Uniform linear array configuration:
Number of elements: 24
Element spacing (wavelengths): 0.75
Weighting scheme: exponential
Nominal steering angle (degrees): -30
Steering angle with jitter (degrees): -29.227
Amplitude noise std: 0.05
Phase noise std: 0.05

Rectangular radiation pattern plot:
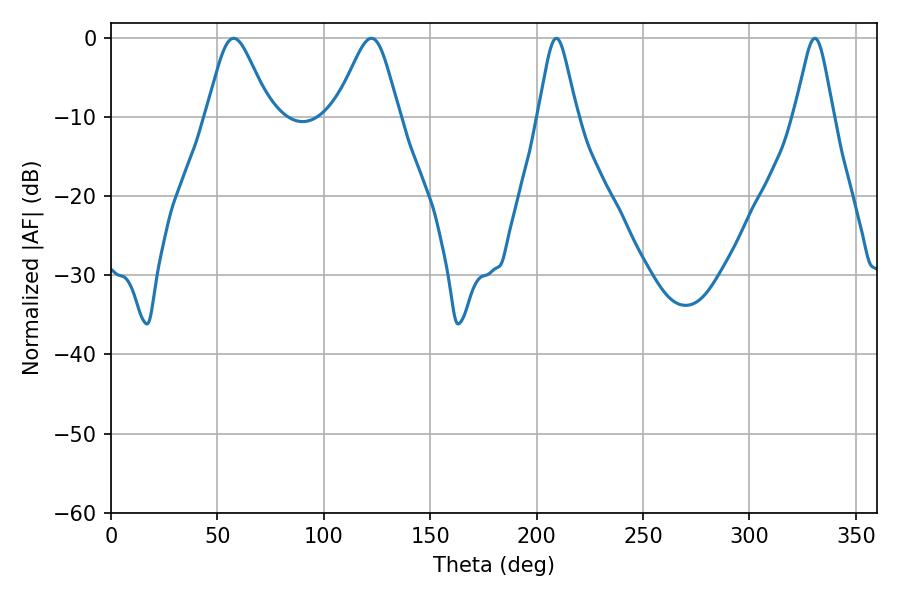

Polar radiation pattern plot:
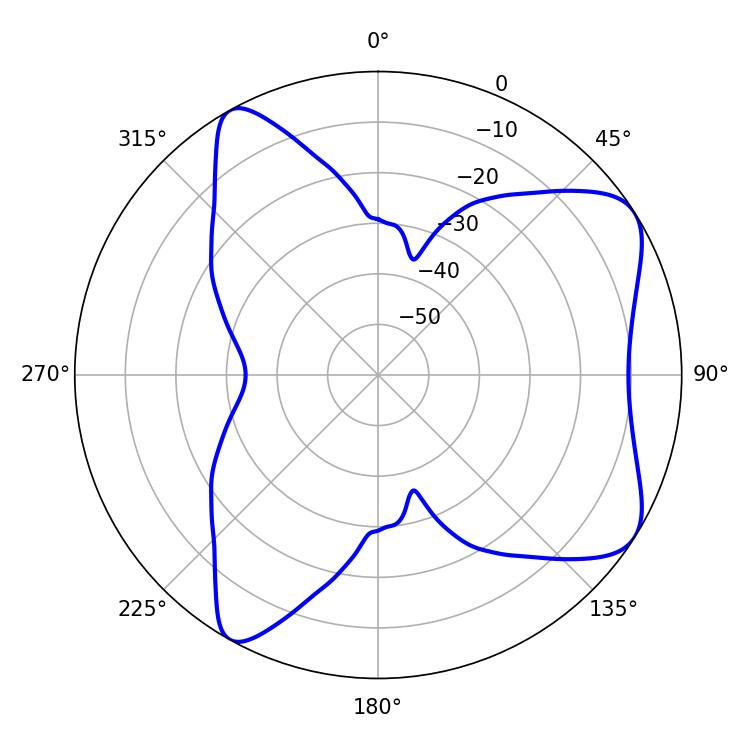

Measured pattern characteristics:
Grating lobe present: TRUE
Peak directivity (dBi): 7.35
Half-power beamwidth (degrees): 14.76
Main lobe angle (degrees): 57.6